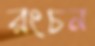
রংচন